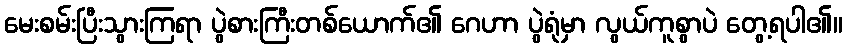
မေးစမ်းပြီးသွားကြရာ ပွဲစားကြီးတစ်ယောက်၏ ဂေဟာ ပွဲရုံမှာ လွယ်ကူစွာပဲ တွေ့ရပါ၏။